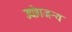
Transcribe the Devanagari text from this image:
उद्योगजन्य